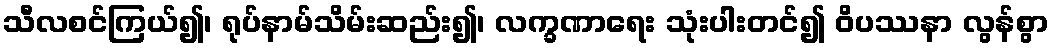
သီလစင်ကြယ်၍၊ ရုပ်နာမ်သိမ်းဆည်း၍၊ လက္ခဏာရေး သုံးပါးတင်၍ ဝိပဿနာ လွန်စွာ